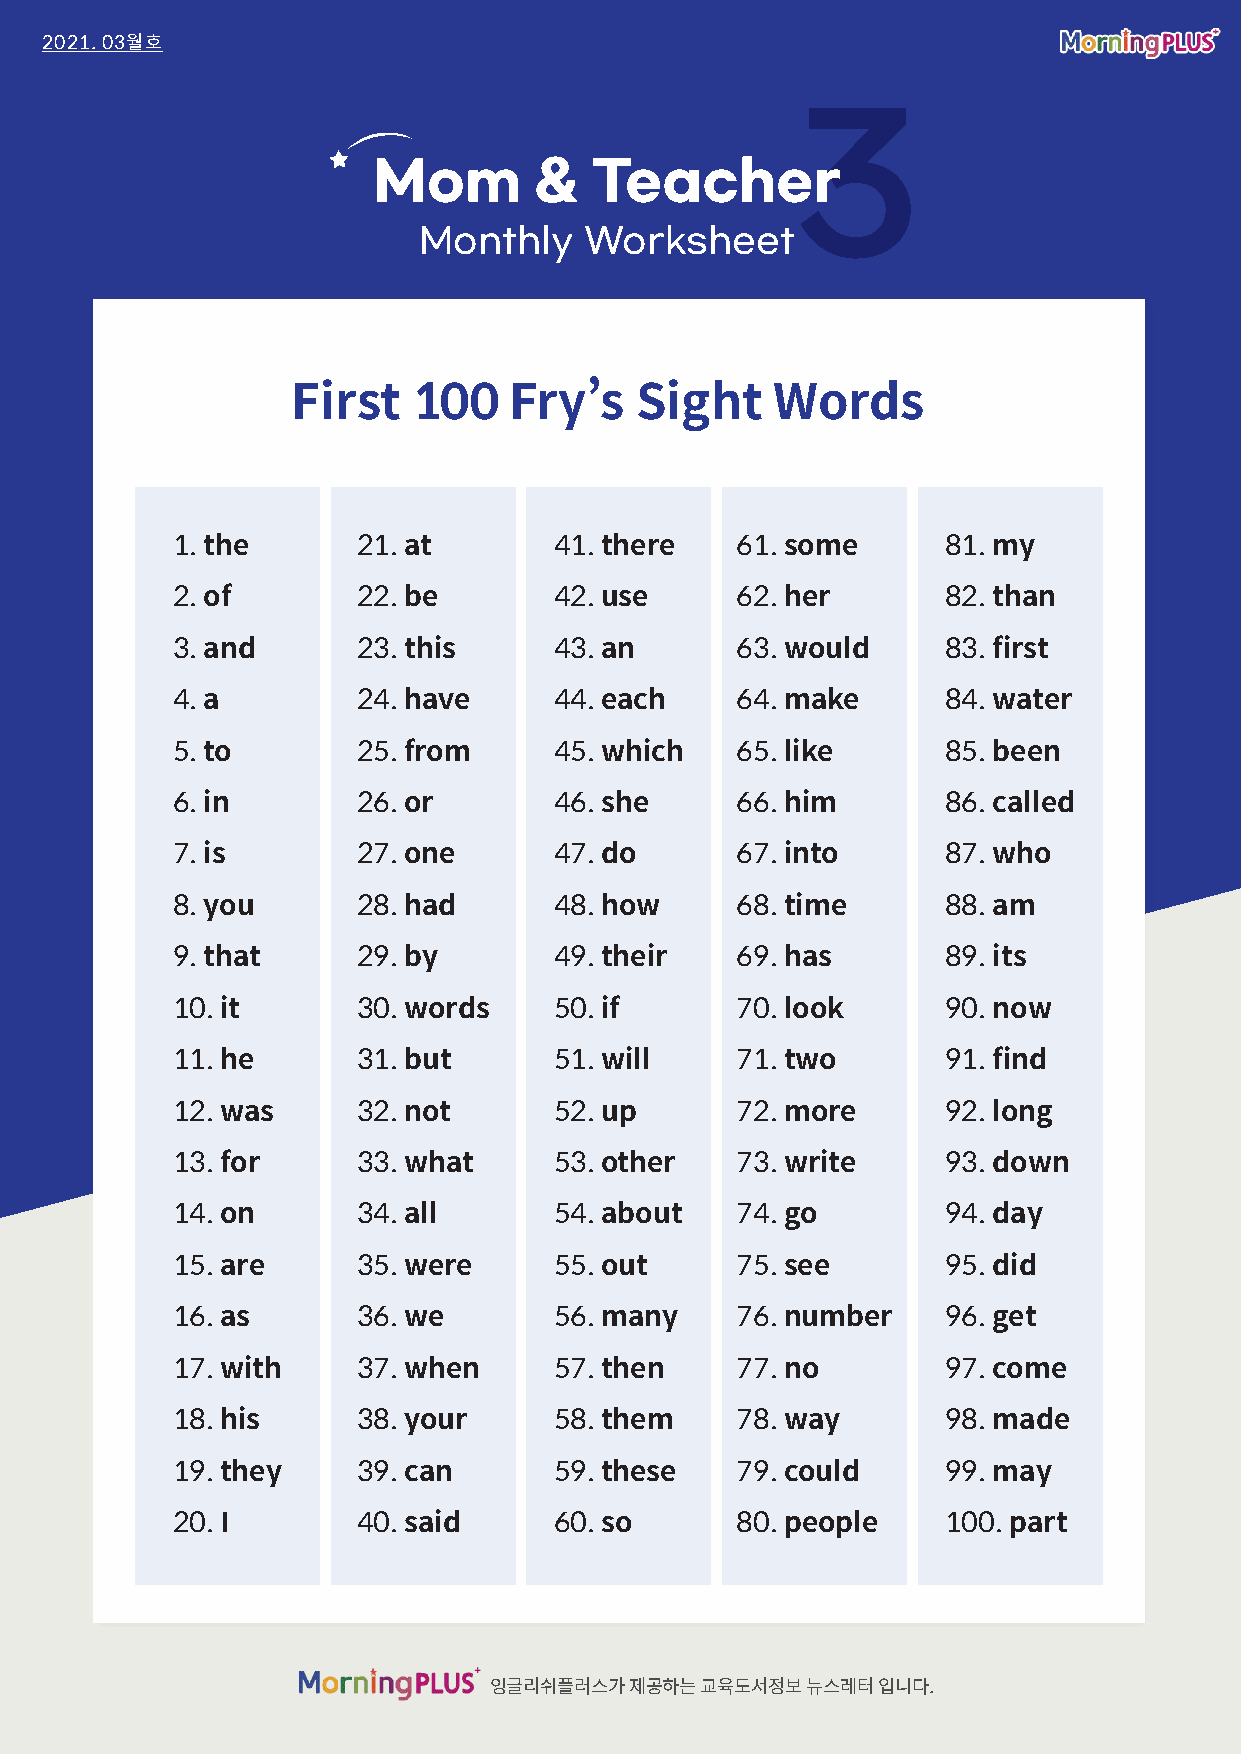
2021. 03월호
 3
 Mom       &   Teacher
 Monthly    Worksheet
 First   100    Fry’s   Sight    Words
 1.the        21.at        41.there    61.some       81.my
 2.of         22.be        42.use      62.her        82.than
 3.and        23.this      43.an       63.would      83.first
 4.a          24.have      44.each     64.make       84.water
 5.to         25.from      45.which    65.like       85.been
 6.in         26.or        46.she      66.him        86.called
 7.is         27.one       47.do       67.into       87.who
 8.you        28.had       48.how      68.time       88.am
 9.that       29.by        49.their    69.has        89.its
 10.it        30.words     50.if       70.look       90.now
 11.he        31.but       51.will     71.two        91.find
 12.was       32.not       52.up       72.more       92.long
 13.for       33.what      53.other    73.write      93.down
 14.on        34.all       54.about    74.go         94.day
 15.are       35.were      55.out      75.see        95.did
 16.as        36.we        56.many     76.number     96.get
 17.with      37.when      57.then     77.no         97.come
 18.his       38.your      58.them     78.way        98.made
 19.they      39.can       59.these    79.could      99.may
 20.I         40.said      60. so      80.people     100.part
 잉글리쉬플러스가  제공하는 교육도서정보 뉴스레터 입니다.